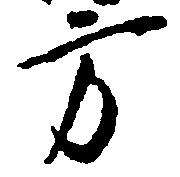
方